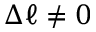
\Delta \ell \neq 0